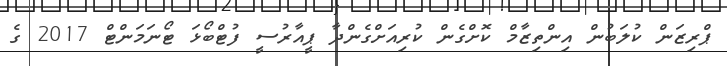
ޕްރިޒަން ކުލަބުން އިންތިޒާމް ކޮށްގެން ކުރިއަށްގެންދާ ޕީއާރުސީ ފުޓްބޯޅަ ޓޯނަމަންޓް 2017 ގެ